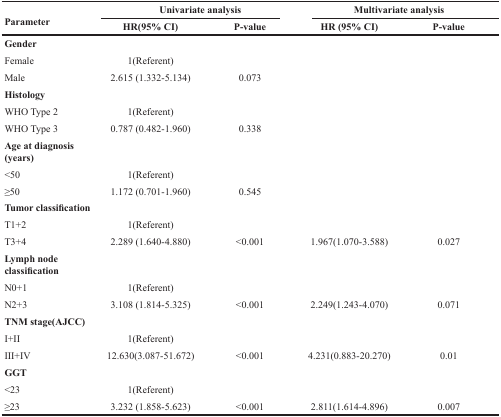
<table><thead><tr><td rowspan="2"><b>Parameter</b></td><td colspan="2"><b>Univariate analysis</b></td><td colspan="2"><b>Multivariate analysis</b></td></tr><tr><td><b>HR(95% CI)</b></td><td><b>P-value</b></td><td><b>HR (95% CI)</b></td><td><b>P-value</b></td></tr></thead><tbody><tr><td><b>Gender</b></td><td></td><td></td><td></td><td></td></tr><tr><td>Female</td><td>1(Referent)</td><td></td><td></td><td></td></tr><tr><td>Male</td><td>2.615 (1.332-5.134)</td><td>0.073</td><td></td><td></td></tr><tr><td><b>Histology</b></td><td></td><td></td><td></td><td></td></tr><tr><td>WHO Type 2</td><td>1(Referent)</td><td></td><td></td><td></td></tr><tr><td>WHO Type 3</td><td>0.787 (0.482-1.960)</td><td>0.338</td><td></td><td></td></tr><tr><td><b>Age at diagnosis (years)</b></td><td></td><td></td><td></td><td></td></tr><tr><td>&lt;50</td><td>1(Referent)</td><td></td><td></td><td></td></tr><tr><td>≥50</td><td>1.172 (0.701-1.960)</td><td>0.545</td><td></td><td></td></tr><tr><td><b>Tumor classification</b></td><td></td><td></td><td></td><td></td></tr><tr><td>T1+2</td><td>1(Referent)</td><td></td><td></td><td></td></tr><tr><td>T3+4</td><td>2.289 (1.640-4.880)</td><td>&lt;0.001</td><td>1.967(1.070-3.588)</td><td>0.027</td></tr><tr><td><b>Lymph node classification</b></td><td></td><td></td><td></td><td></td></tr><tr><td>N0+1</td><td>1(Referent)</td><td></td><td></td><td></td></tr><tr><td>N2+3</td><td>3.108 (1.814-5.325)</td><td>&lt;0.001</td><td>2.249(1.243-4.070)</td><td>0.071</td></tr><tr><td><b>TNM stage(AJCC)</b></td><td></td><td></td><td></td><td></td></tr><tr><td>I+II</td><td>1(Referent)</td><td></td><td></td><td></td></tr><tr><td>III+IV</td><td>12.630(3.087-51.672)</td><td>&lt;0.001</td><td>4.231(0.883-20.270)</td><td>0.01</td></tr><tr><td><b>GGT</b></td><td></td><td></td><td></td><td></td></tr><tr><td>&lt;23</td><td>1(Referent)</td><td></td><td></td><td></td></tr><tr><td>≥23</td><td>3.232 (1.858-5.623)</td><td>&lt;0.001</td><td>2.811(1.614-4.896)</td><td>0.007</td></tr></tbody></table>